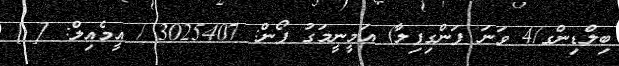
ބިލްޑިންގ/4 ވަނަ ފަންގިފިލާ) އަމީނީމަގު ފޯން: 3025407 / އީމެއިލް: [ ]